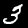
Label: 3